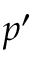
p ^ { \prime }